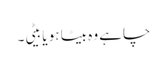
چاہے وہ بیٹا ہو یا بیٹی۔